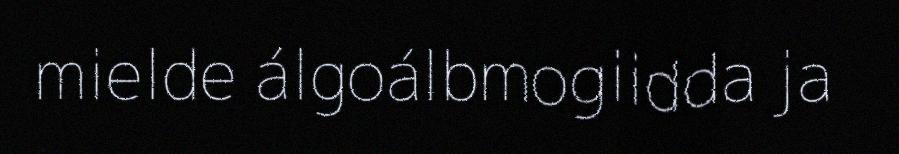
mielde álgoálbmogiidda ja